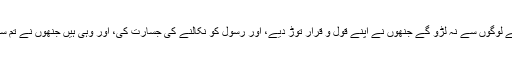
امین احسن اصلاحی بھلا تم ایسے لوگوں سے نہ لڑو گے جنھوں نے اپنے قول و قرار توڑ دیے، اور رسول کو نکالنے کی جسارت کی، اور وہی ہیں جنھوں نے تم سے جنگ چھیڑنے میں پہل کی!